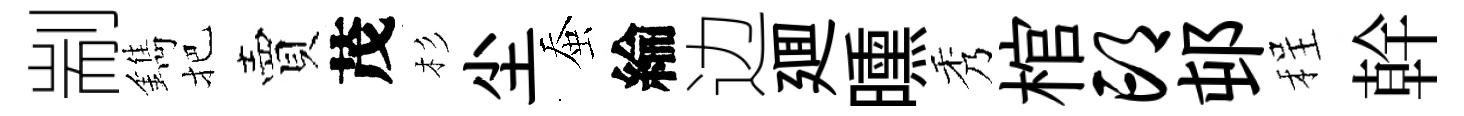
剬鐫把賣茂杉尘蚕綸边廽曛秀棺邙邨程幹